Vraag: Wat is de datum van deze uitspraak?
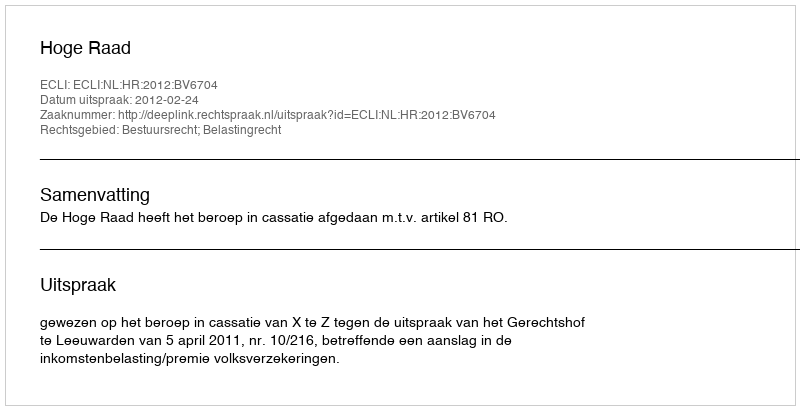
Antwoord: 2012-02-24